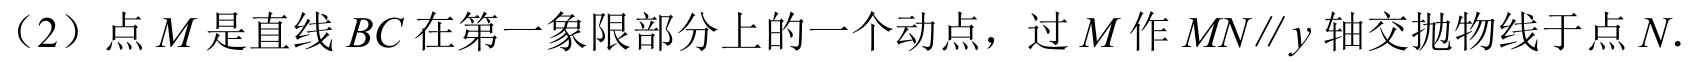
（2）点 \(M\) 是直线 \(BC\) 在第一象限部分上的一个动点，过 \(M\) 作 \(MN\parallel y\) 轴交抛物线于点 \(N\).